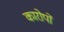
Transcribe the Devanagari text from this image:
कारोपों